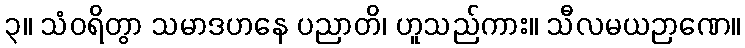
၃။ သံဝရိတွာ သမာဒဟနေ ပညာတိ၊ ဟူသည်ကား။ သီလမယဉာဏေ။